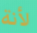
لأنة